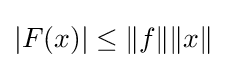
|F(x)|\leq \|f\|\|x\|